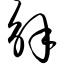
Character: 解